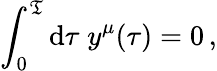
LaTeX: \int_{0}^{\mathfrak{T}}\mathrm{{d}}\tau\; y^{\mu}(\tau)=0\, ,